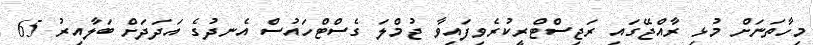
މިހާތަނަށް މުޅި ރާއްޖޭގައި ރަޖިސްޓްރީކުރެވިފައިވާ ޖުމްލަ ގެސްޓްހައުސް އެނދުގެ އަދަދަށް ބަލާއިރު 65